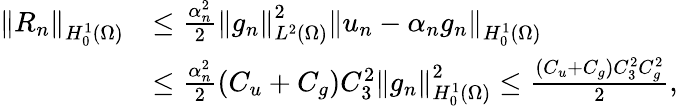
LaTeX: \begin{array}{rl}{\left\Vert R_{n}\right\Vert_{H_{0}^{1}(\Omega)}}&{\leq\frac{\alpha_{n}^{2}}{2}\left\Vert g_{n}\right\Vert_{L^{2}(\Omega)}^{2}\left\Vert u_{n}-\alpha_{n}g_{n}\right\Vert_{H_{0}^{1}(\Omega)}}\\ &{\leq\frac{\alpha_{n}^{2}}{2}(C_{u}+C_{g})C_{3}^{2}\left\Vert g_{n}\right\Vert_{H_{0}^{1}(\Omega)}^{2}\leq\frac{(C_{u}+C_{g})C_{3}^{2}C_{g}^{2}}{2},}\end{array}